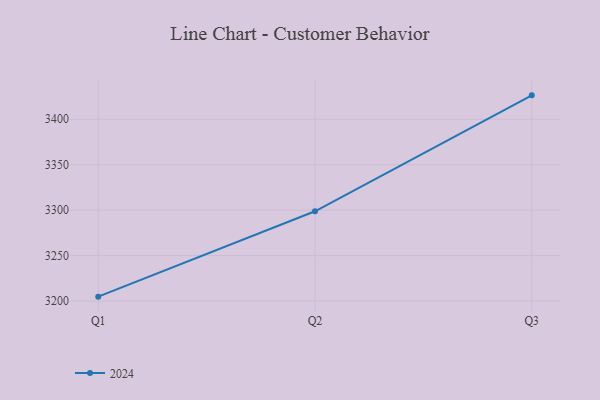
{"axis": {"x": "Quarter", "y": "Operating Costs (USD K)"}, "legend": ["2024"], "data": [{"x": "Q1", "y": 3204.9, "type": "2024"}, {"x": "Q2", "y": 3298.8, "type": "2024"}, {"x": "Q3", "y": 3426.3, "type": "2024"}]}